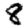
Digit: 8